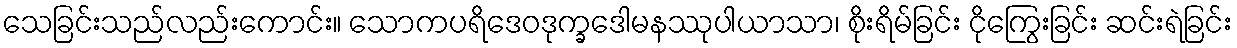
သေခြင်းသည်လည်းကောင်း။ သောကပရိဒေဝဒုက္ခဒေါမနဿုပါယာသာ၊ စိုးရိမ်ခြင်း ငိုကြွေးခြင်း ဆင်းရဲခြင်း